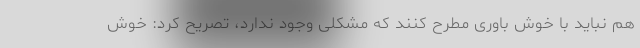
هم نباید با خوش باوری مطرح کنند که مشکلی وجود ندارد، تصریح کرد: خوش